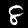
Label: 8